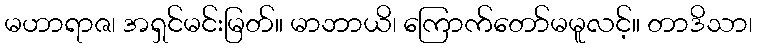
မဟာရာဇ၊ အရှင်မင်းမြတ်။ မာဘာယိ၊ ကြောက်တော်မမူလင့်။ တာဒိသာ၊